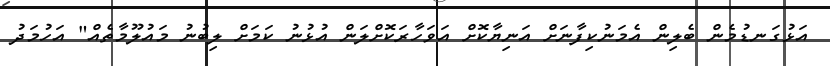
އަޅުގަނޑުމެން ބެލިން އެމަނުކިފާނަށް އަނިޔާކޮށް އަވަހާރަކޮށްލަން އުޅުނު ކަމަށް ލިބުނު މައުލޫމާތެއް" އަހުމަދު